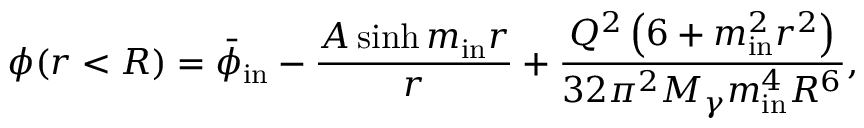
\phi ( r < R ) = \bar { \phi } _ { \mathrm { i n } } - \frac { A \sinh m _ { \mathrm { i n } } r } { r } + \frac { Q ^ { 2 } \left( 6 + m _ { \mathrm { i n } } ^ { 2 } r ^ { 2 } \right) } { 3 2 \pi ^ { 2 } M _ { \gamma } m _ { \mathrm { i n } } ^ { 4 } R ^ { 6 } } ,